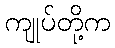
ကျုပ်တို့က